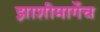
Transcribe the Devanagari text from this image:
झाशीमार्गेच